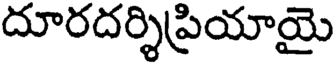
దూరదర్శిప్రియాయై